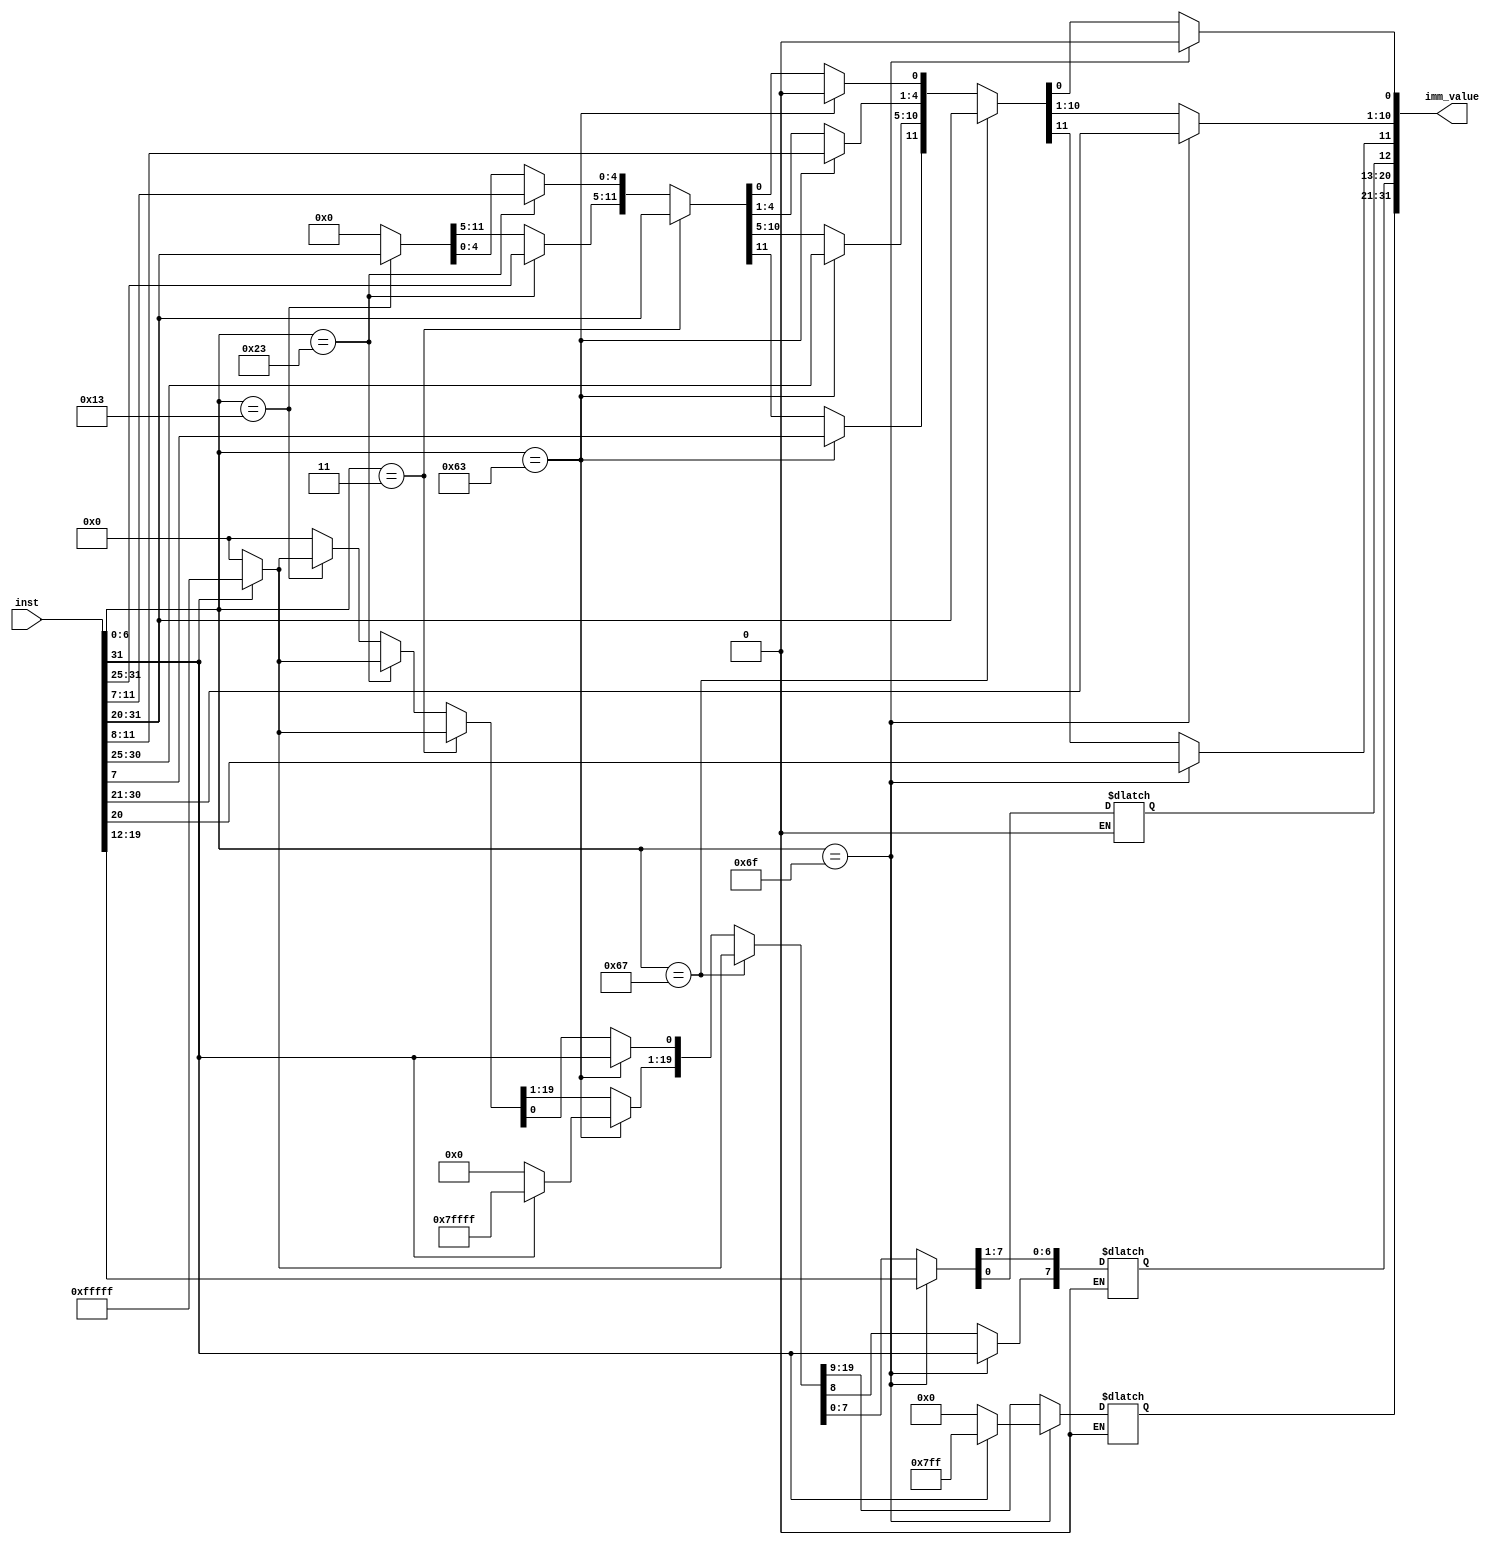
module IMM (
	input wire [31:0] inst,
	output reg [31:0] imm_value
	);

	always @(*) begin
		// JAL
		if (inst[6:0] == 7'b1101111) begin
			imm_value[20] = inst[31];
			imm_value[19:12] = inst[19:12];
			imm_value[11] = inst[20];
			imm_value[10:1] = inst[30:21];
			imm_value[0] = 1'b0;

			//sign-extension
			if (imm_value[20] == 1'b1) begin
				imm_value[31:21] = 11'b11111111111;
			end
			else if (imm_value[20] == 1'b0) begin
				imm_value[31:21] = 11'b00000000000;
			end
		end

		// JALR
		else if (inst[6:0] == 7'b1100111) begin
			imm_value[11:0] = inst[31:20];

			//sign-extension
			if (imm_value[11] == 1'b1) begin
				imm_value[31:12] = 20'b11111111111111111111;
			end
			else if (imm_value[11] == 1'b0) begin
				imm_value[31:12] = 20'b00000000000000000000;
			end
		end

		//Btype 
		else if (inst[6:0] == 7'b1100011) begin
			imm_value[12] = inst[31];
			imm_value[11] = inst[7];
			imm_value[10:5] = inst[30:25];
			imm_value[4:1] = inst[11:8];
			imm_value[0] = 1'b0;

			//sign-extension
			if (imm_value[12] == 1'b1) begin
				imm_value[31:13] = 19'b1111111111111111111;
			end
			else if (imm_value[12] == 1'b0) begin
				imm_value[31:13] = 19'b0000000000000000000;
			end
		end

		//Itype - Load
		else if (inst[6:0] == 7'b0000011) begin
			imm_value[11:0] = inst[31:20];

			//sign-extension
			if (imm_value[11] == 1'b1) begin
				imm_value[31:12] = 20'b11111111111111111111;
			end
			else if (imm_value[11] == 1'b0) begin
				imm_value[31:12] = 20'b00000000000000000000;
			end
		end

		//Stype - Store
		else if (inst[6:0] == 7'b0100011) begin
			imm_value[11:5] = inst[31:25];
			imm_value[4:0] = inst[11:7];

			//sign-extension
			if (inst[31] == 1'b1) begin
				imm_value[31:12] = 20'b11111111111111111111;
			end
			else if (inst[31] == 1'b0) begin
				imm_value[31:12] = 20'b00000000000000000000;
			end
		end

		//Itype - Arithmetic
		else if (inst[6:0] == 7'b0010011) begin
			imm_value[11:0] = inst[31:20];

			//sign-extension
			if (inst[31] == 1'b1) begin
				imm_value[31:12] = 20'b11111111111111111111;
			end
			else if (inst[31] == 1'b0) begin
				imm_value[31:12] = 20'b00000000000000000000;
			end
		end

		else begin
			imm_value[31:0] = 0;
		end
	end

endmodule